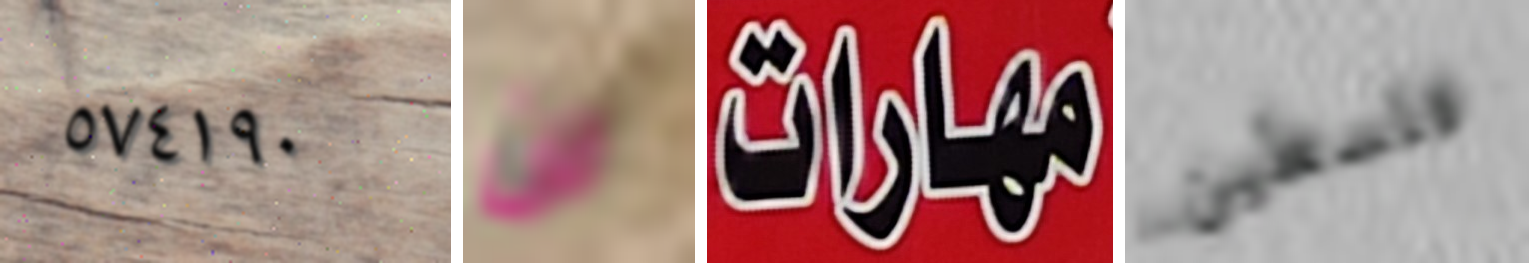
٥٧٤١٩٠ لن مهارات فلسطين